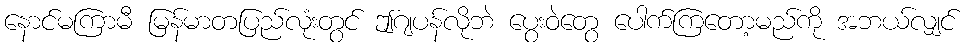
နောင်မကြာမီ မြန်မာတပြည်လုံးတွင် ဤဂျပန်လိုဘဲ ပွေးဝဲတွေ ပေါက်ကြတော့မည်ကို အဘယ်လျှင်